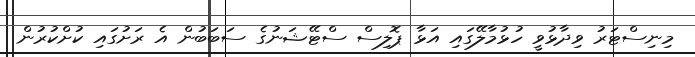
މިނިސްޓަރު ވިދާޅުވީ ހުޅުމާލޭގައި އަޅާ ޕޮލިސް ސްޓޭޝަނުގެ ސަބަބުން އެ ރަށުގައި ކުށްކުރުން